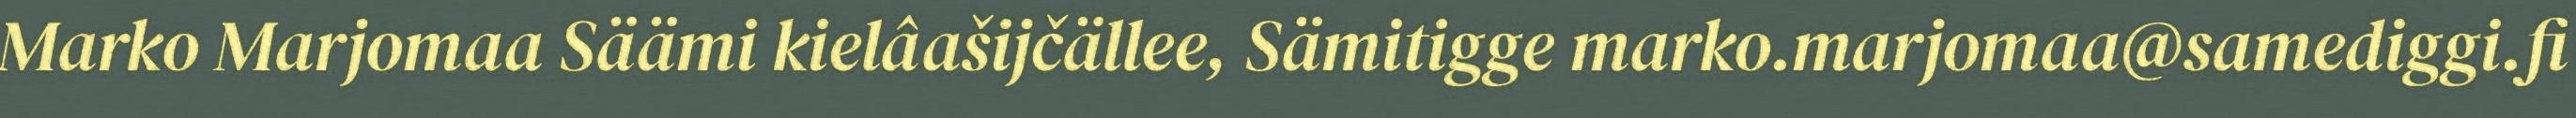
Marko Marjomaa Säämi kielâašijčällee, Sämitigge marko.marjomaa@samediggi.fi